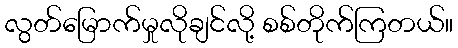
လွတ်မြောက်မှုလိုချင်လို့ စစ်တိုက်ကြတယ်။